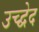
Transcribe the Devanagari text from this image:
उच्द्वेद